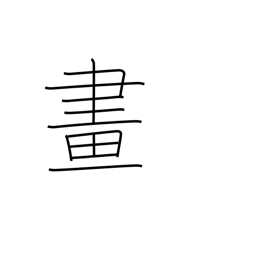
Meaning: drawing